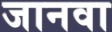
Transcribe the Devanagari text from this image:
जानवा